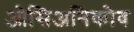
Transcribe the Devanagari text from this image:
ओसिअनिकोव